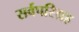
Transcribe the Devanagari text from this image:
सर्वपरिग्रह